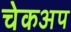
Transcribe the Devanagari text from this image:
चेकअप